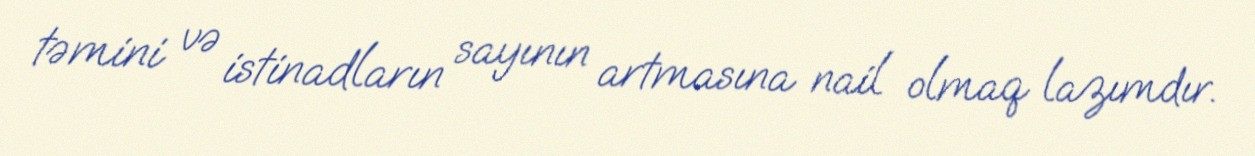
təmini və istinadların sayının artmasına nail olmaq lazımdır.